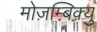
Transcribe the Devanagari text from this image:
मोज़म्बिक़्यु